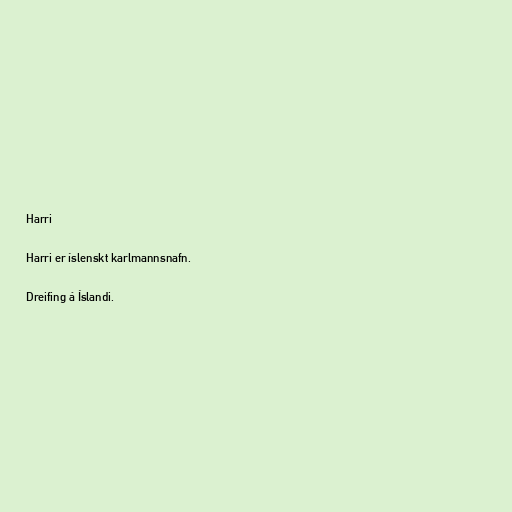
Harri

Harri er íslenskt karlmannsnafn.

Dreifing á Íslandi.